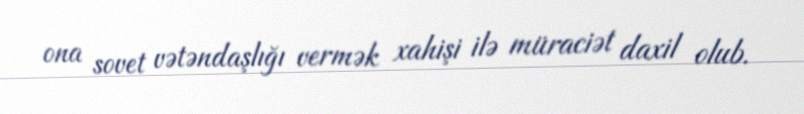
ona sovet vətəndaşlığı vermək xahişi ilə müraciət daxil olub.